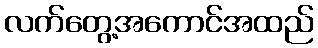
လက်တွေ့အကောင်အထည်